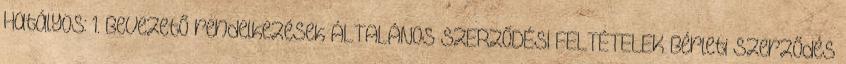
Hatályos: 1. Bevezető rendelkezések ÁLTALÁNOS SZERZŐDÉSI FELTÉTELEK Bérleti Szerződés